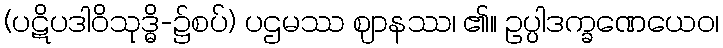
(ပဋိပဒါဝိသုဒ္ဓိ-၌စပ်) ပဌမဿ ဈာနဿ၊ ၏။ ဥပ္ပါဒက္ခဏေယေဝ၊